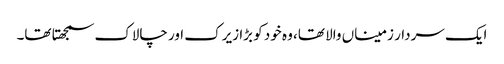
ایک سردار زمیناں والا تھا، وہ خود کو بڑا زیرک اور چالاک سمجھتا تھا۔